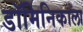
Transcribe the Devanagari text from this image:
डॉमिनिकाला